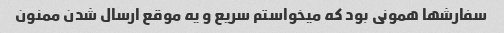
سفارشها همونی بود که میخواستم سریع و یه موقع ارسال شدن ممنون